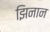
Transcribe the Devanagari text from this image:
झिनान